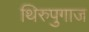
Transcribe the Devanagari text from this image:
थिरुपुगाज